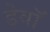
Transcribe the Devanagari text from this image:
डेवॉ